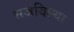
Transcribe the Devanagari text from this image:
सजविल्या